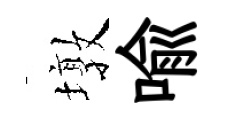
墩喻